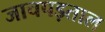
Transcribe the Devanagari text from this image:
जाचपड़ताल